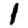
Digit: 1